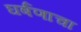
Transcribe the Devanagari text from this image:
घर्षणाचा